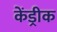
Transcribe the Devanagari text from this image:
केंड्रीक